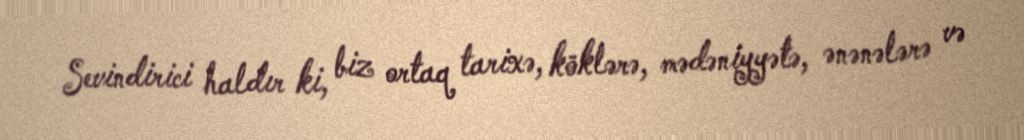
Sevindirici haldır ki, biz ortaq tarixə, köklərə, mədəniyyətə, ənənələrə və